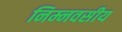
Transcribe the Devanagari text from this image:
निम्नवसीय